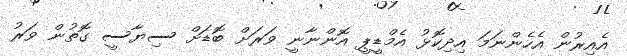
އެއިރުން އެހެންނަމަ އިދިކޮޅު އެމްޑީޕީ އޮންނާނީ ވަރަށް ބޮޑަށް ސިޔާސީ ގޮތުން ވަރު